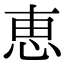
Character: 恵